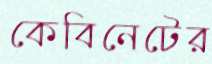
কেবিনেটের